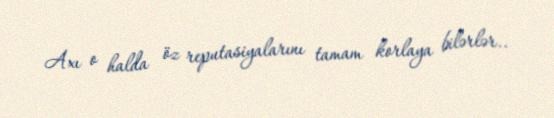
Axı o halda öz reputasiyalarını tamam korlaya bilərlər..